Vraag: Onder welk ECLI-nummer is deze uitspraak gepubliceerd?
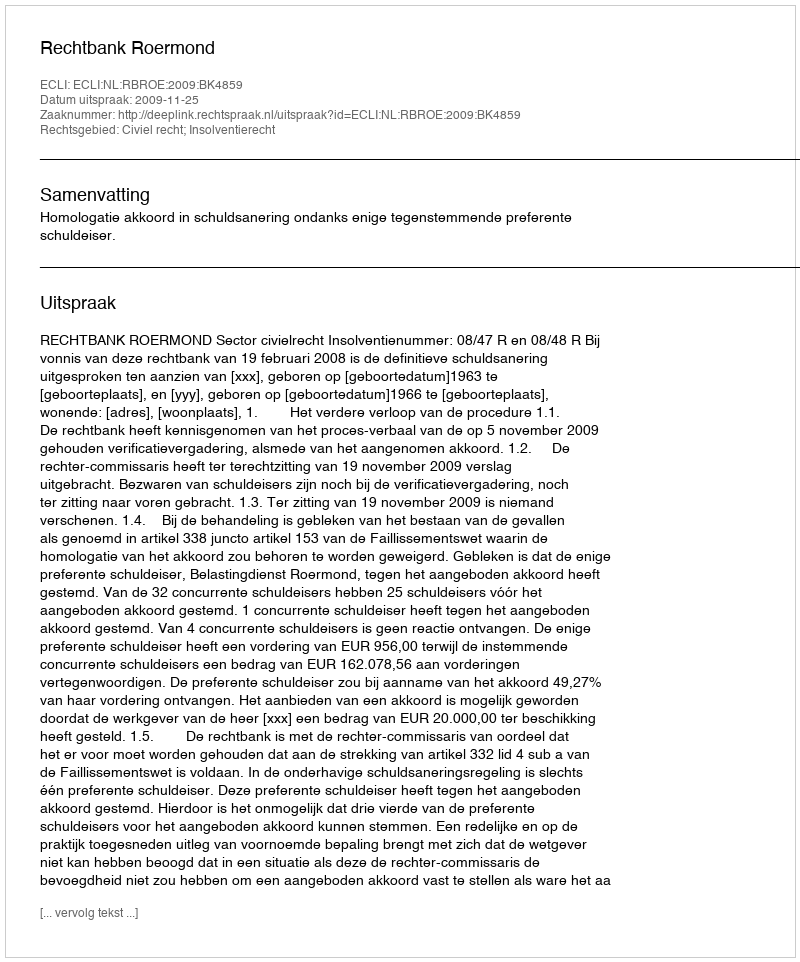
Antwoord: ECLI:NL:RBROE:2009:BK4859